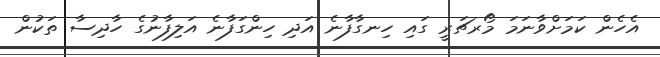
އެހެން ކަމަށްވާނަމަ މޯރޗަރީ ގައި ހިނގާފާނެ އަދި ހިންގަފާނެ އަލިފާނުގެ ހާދިސާ ތަކުން